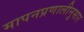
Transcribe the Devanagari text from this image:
मापनप्रणालीनुसार